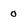
Character: 0